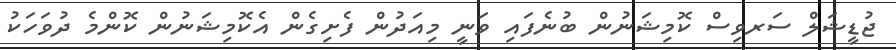
ޖުޑީޝަލް ސަރވިސް ކޮމިޝަނުން ބުނެފައި ވަނީ މިއަދުން ފެށިގެން އެކޮމިޝަނުން ކޮންމެ ދުވަހަކު